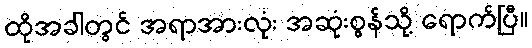
ထိုအခါတွင် အရာအားလုံး အဆုံးစွန်သို့ ရောက်ပြီ။